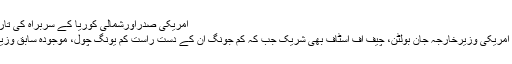
امریکی صدراورشمالی کوریا کے سربراہ کی تاریخی ملاقات | Daily Aaj
وفود کے ہمراہ ملاقات میں امریکی وزیرخارجہ جان بولٹن، چیف آف اسٹاف بھی شریک جب کہ کم جونگ ان کے دست راست کم یونگ چول، موجودہ سابق وزیر خارجہ بھی شریک رہے۔